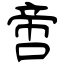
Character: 啻